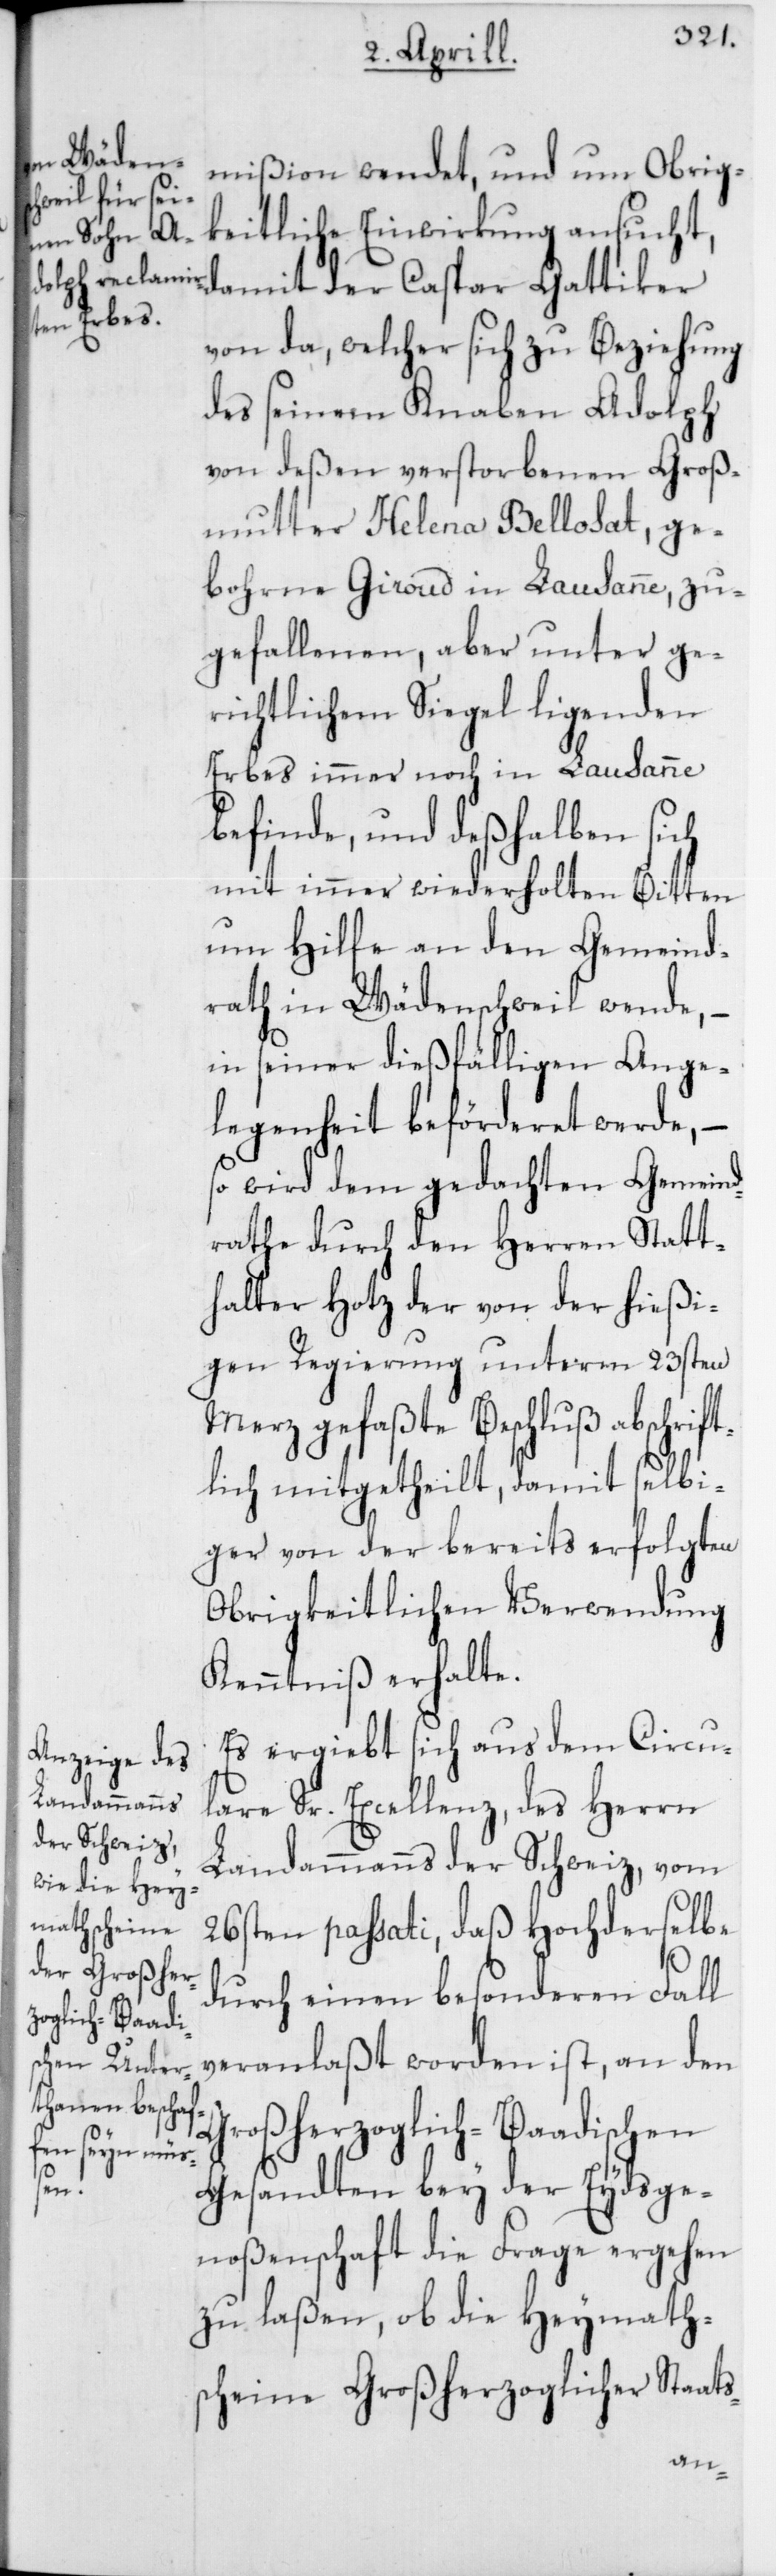
mißion wendet, und um Obrig¬
keitliche Einwirkung ansucht,
damit der Caspar Gattiker
von da, welcher sich zu Beziehung
des seinem Knaben Adolph
von deßen verstorbenen Groß¬
mutter Helena Bellosat, ge¬
bohrne Giroud in Lausanne, zu¬
gefallenen, aber unter ge¬
richtlichem Siegel ligenden
Erbes immer noch in Lausanne
befinde, und deßhalben sich
mit immer wiederholten Bitten
um Hilfe an den Gemeind¬
rath in Wädenschweil wende, –
in seiner dießfälligen Ange¬
legenheit beförderet werde, –
so wird dem gedachten Gemeind¬
rathe durch den Herren Statt¬
halter Hotz der von der hießi¬
gen Regierung unterm 23sten
Merz gefaßte Beschluß abschrift¬
lich mitgetheilt, damit selbi¬
ger von der bereits erfolgten
Obrigkeitlichen Verwendung
Kenntniß erhalte.
Es ergiebt sich aus dem Circul¬
are Sr. Excellenz, des Herrn
Landammanns der Schweiz, vom
26sten passati, daß Hochderselbe
durch einen besonderen Fall
veranlaßt worden ist, an den
Großherzoglich-Baadischen
Gesandten bey der Eydsge¬
noßenschaft die Frage ergehen
zu laßen, ob die Heymath¬
scheine Großherzoglicher Staats-